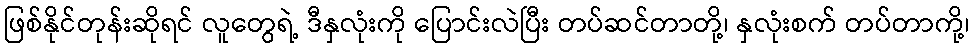
ဖြစ်နိုင်တုန်းဆိုရင် လူတွေရဲ့ ဒီနှလုံးကို ပြောင်းလဲပြီး တပ်ဆင်တာတို့၊ နှလုံးစက် တပ်တာကို့၊